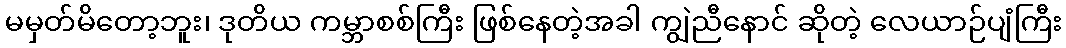
မမှတ်မိတော့ဘူး၊ ဒုတိယ ကမ္ဘာစစ်ကြီး ဖြစ်နေတဲ့အခါ ကျွဲညီနောင် ဆိုတဲ့ လေယာဉ်ပျံကြီး